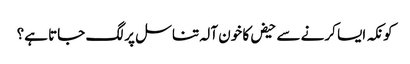
کونکہ ایسا کرنے سے حیض کا خون آلہ تناسل پر لگ جاتا ہے؟